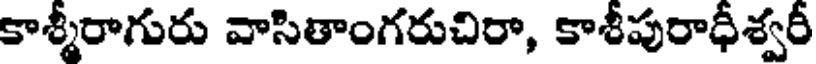
కాశ్మీరాగురు వాసితాంగరుచిరా, కాశీపురాధీశ్వరీ